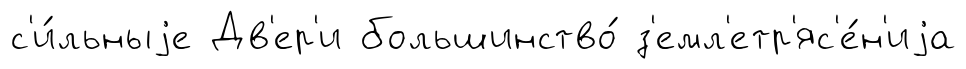
с'и́льныjе Дв'ер'и большинство́ з'емл'етр'яс'е́н'иjа